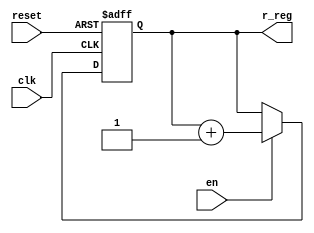
`timescale 1ns / 1ps
module sc #( parameter n=4)(
input clk, en,reset,
  output reg [n-1:0] r_reg );
  always @(posedge clk , posedge reset)
    
    if (reset)
     r_reg <=0;
    else if(en)
      r_reg<=r_reg+1 ; 
  
endmodule